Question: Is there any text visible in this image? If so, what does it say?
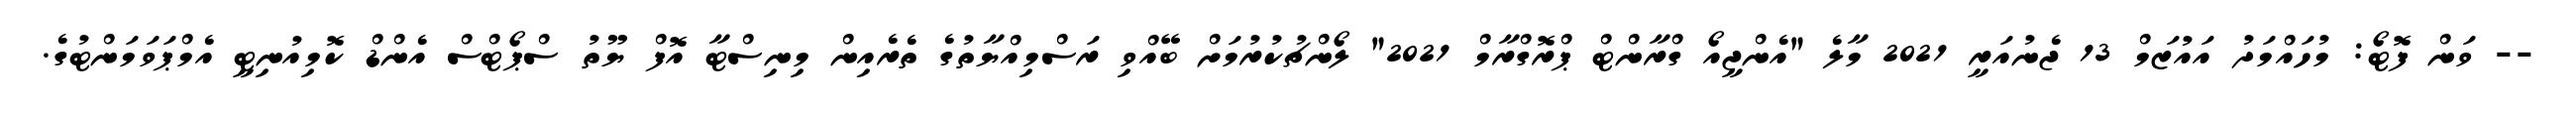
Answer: -- ވަން ފޮޓޯ: މުހައްމަދު އައުޒަމް 13 ޖެނުއަރީ 2021 މާލެ "އެންޖީއޯ ގްރާންޓް ޕްރޮގްރާމް 2021" ލޯންޗުކުރުމަށް ބޭއްވި ރަސްމިއްޔާތުގެ ތެރެއިން މިނިސްޓާ އޮފް ޔޫތު ސްޕޯޓްސް އެންޑް ކޮމިއުނިޓީ އެމްޕަވަމަންޓުގެ.